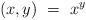
LaTeX: \begin{align*}(x,y) \ = \ x^y\end{align*}